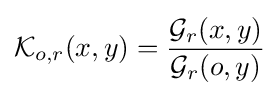
{\mathcal {K}}_{o,r}(x,y)={\frac {{\mathcal {G}}_{r}(x,y)}{{\mathcal {G}}_{r}(o,y)}}